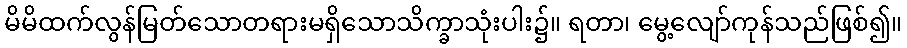
မိမိထက်လွန်မြတ်သောတရားမရှိသောသိက္ခာသုံးပါး၌။ ရတာ၊ မွေ့လျော်ကုန်သည်ဖြစ်၍။